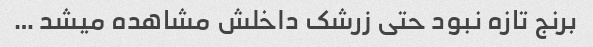
برنج تازه نبود حتی زرشک داخلش مشاهده میشد …